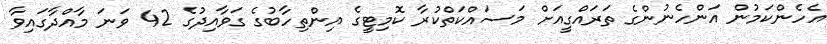
އެހެންކަމުން އަންހެނުންގެ ތަރައްގީއަށް މަސައްކަތްކުރާ ކޮމިޓީގެ އިންތިހާބުގެ ގަވާއިދުގެ 42 ވަނަ މާއްދާގައިވާ